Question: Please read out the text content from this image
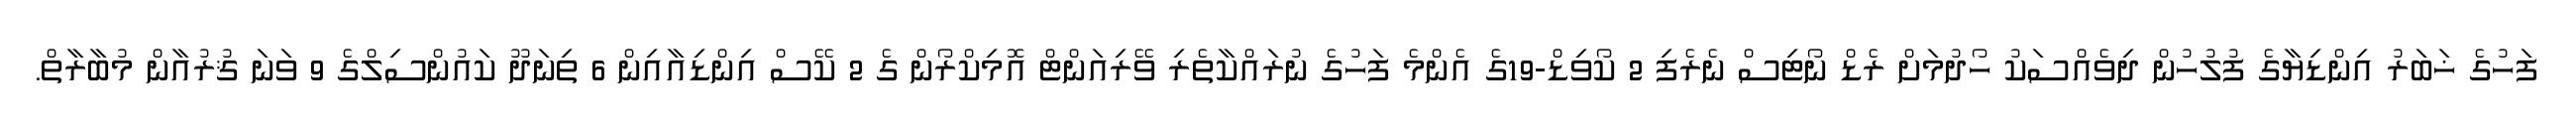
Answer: ފަހުގެ ޚަބަރު އިންޑިޔާގެ ފުލުހުން ދިވެއްސަކު ހޯދުމަށް ރެޑް ނޯޓިސް ނެރެފި 2 ކޯވިޑް-19ގެ އެންމެ ފަހުގެ ނުރައްކާތެރި ވޭރިއަންޓް އޮމިކްރޯން ގެ 2 ކޭސް އިންޑިއާއިން 6 ތިނަދޫ ކައުންސިލްގެ 9 ވަނަ ޤުރުއާން މުބާރާތް.